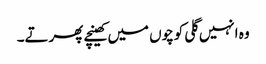
وہ انہیں گلی کوچوں میں کھینچے پھرتے۔